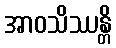
အာဝသိဿန္တိ